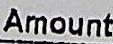
AMOUNT